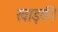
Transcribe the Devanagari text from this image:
खाड़की